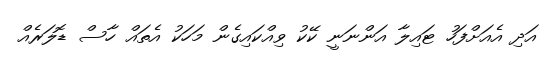
އަދި އެއަށްފަހު ޓައިލާ އަންނަނީ ކޭކު ވިއްކައިގެން މަހަކު އެތައް ހާސް ޑޮލަރެއް